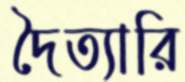
দৈত্যারি